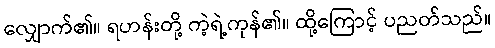
လျှောက်၏။ ရဟန်းတို့ ကဲ့ရဲ့ကုန်၏။ ထို့ကြောင့် ပညတ်သည်။